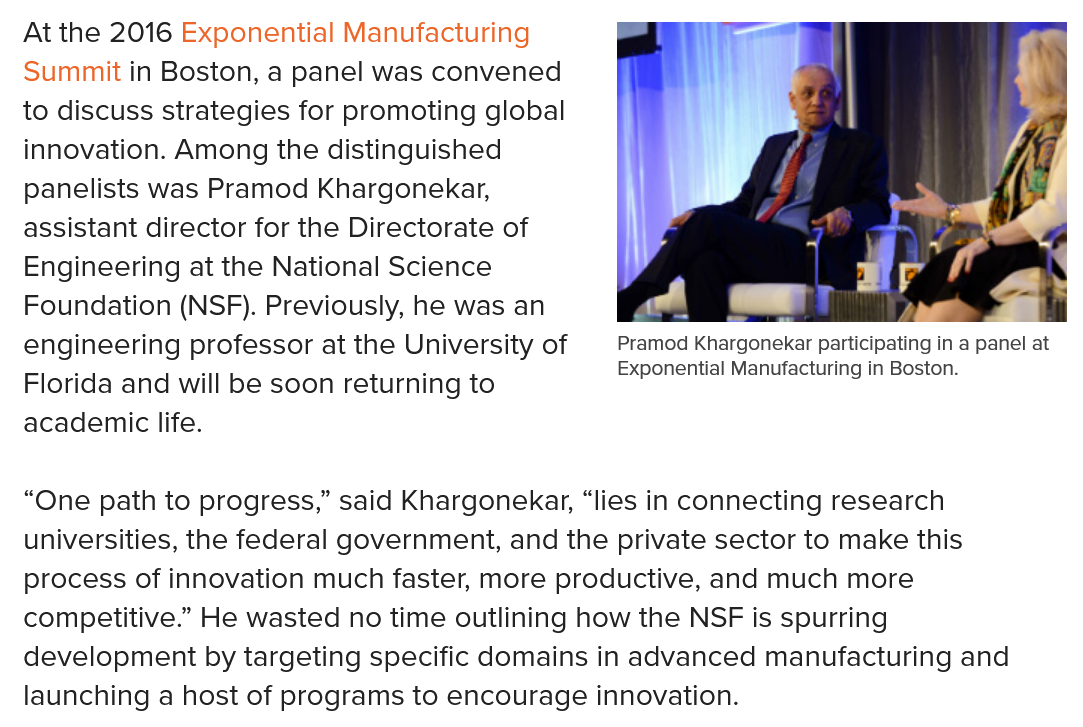
Pramod Khargonekar participating in a panel at
     Exponential Manufacturing in Boston.
  At the 2016 Exponential Manufacturing
  Summit in Boston, a panel was convened
  to discuss strategies for promoting global
  nnovation. Among the distinguished
  panelists was Pramod Khargonekar,
  assistant director for the Directorate of
  engineering at the National Science
  Foundation (NSF). Previously, he was an
  engineering professor at the University of
  —
     Pramod Khargonekar participating in a pan
  “Iorida and will be soon returning to
     Exponential Manufacturing in Boston.
  academic life.

  ‘One path to progress,” said Khargonekar, “lies in connecting research
  Jniversities, the federal government, and the private sector to make this
  process of innovation much faster, more productive, and much more
  competitive.” He wasted no time outlining how the NSF is spurring
  development by targeting specific domains in advanced manufacturing and
  aunching a host of programs to encourage innovation.